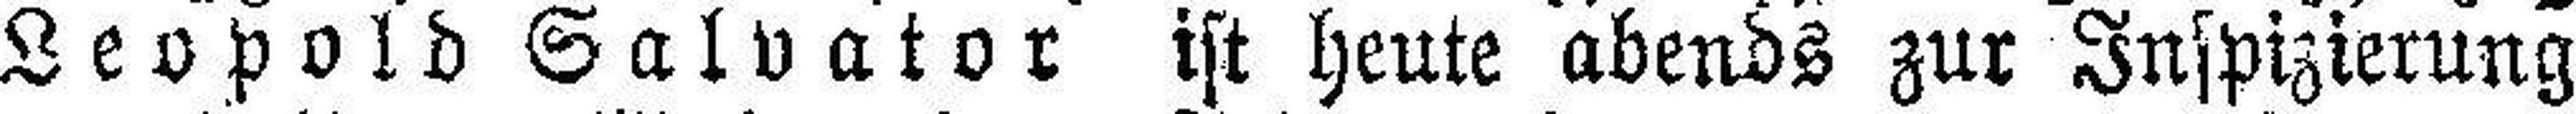
Leopold Salvator ist heute abends zur Inspizierung